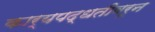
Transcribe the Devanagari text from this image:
कार्यपद्धतीवरून